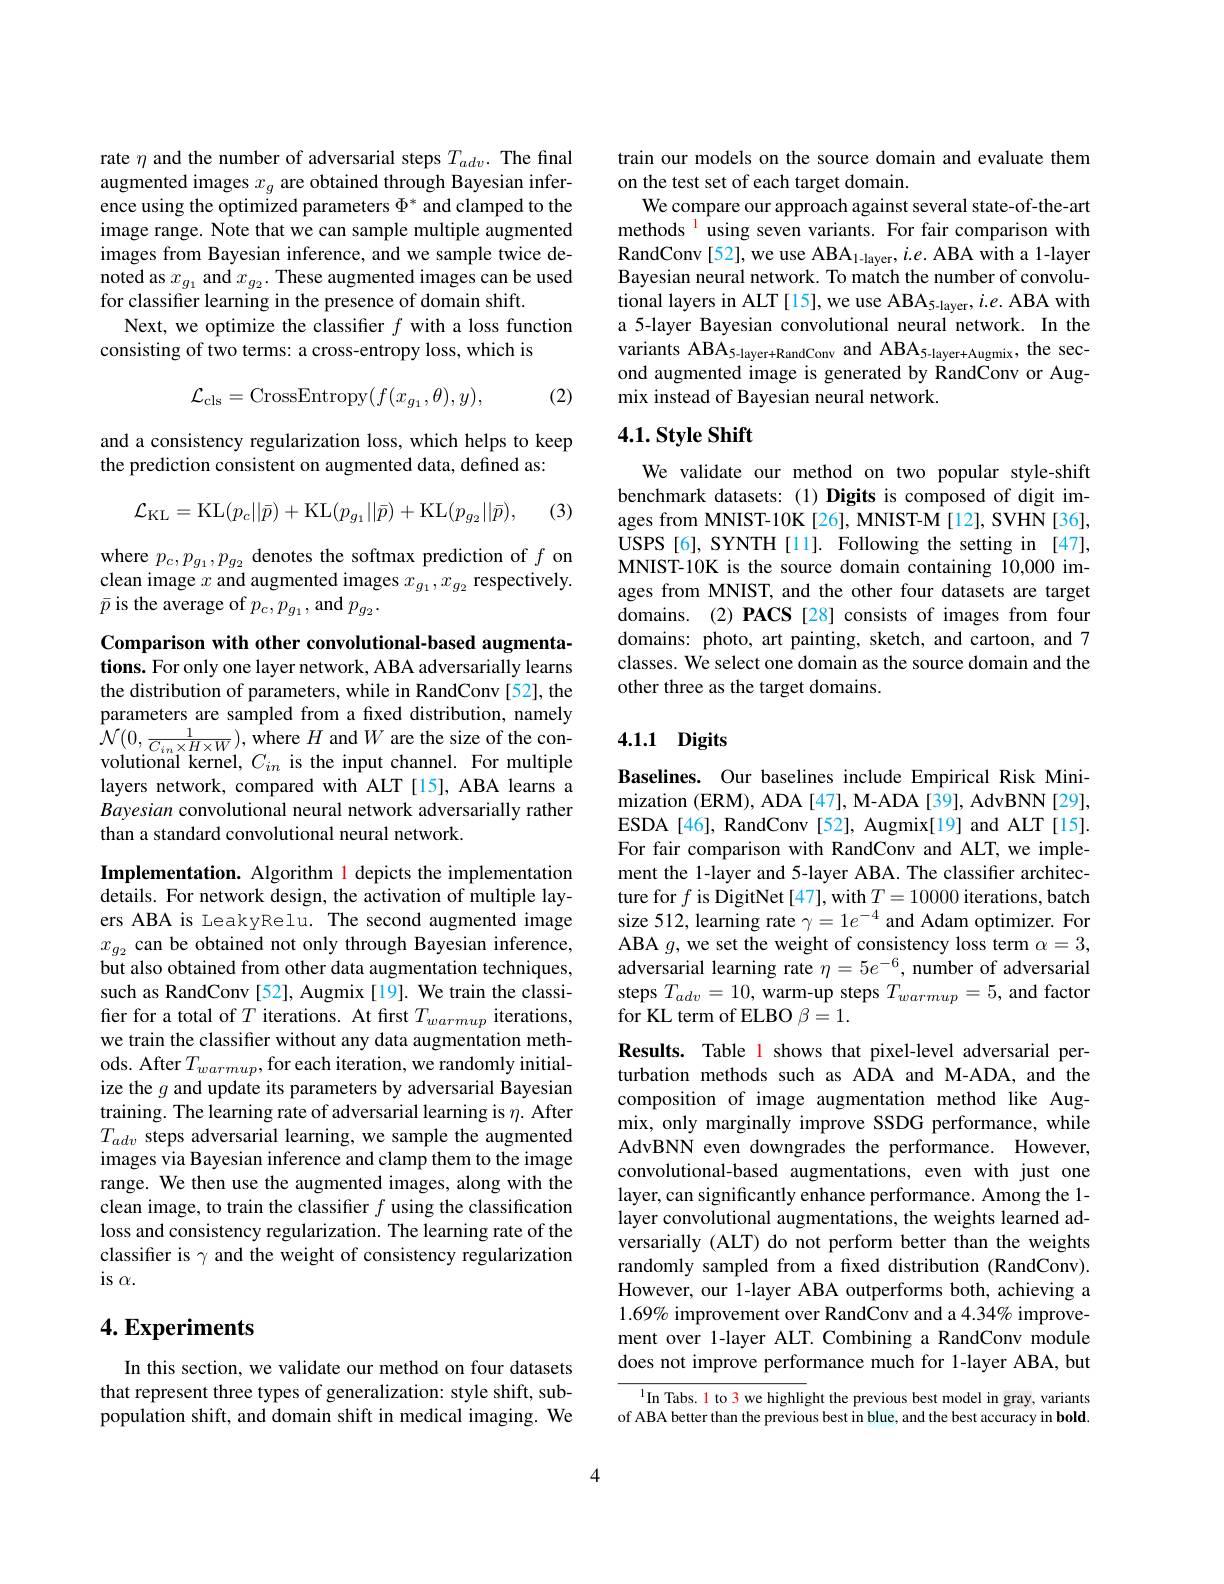
rate $\eta$ and the number of adversarial steps $T_{adv}.$ The final augmented images $x_g$ are obtained through Bayesian inference using the optimized parameters $\Phi^*$ and clamped to the image range. Note that we can sample multiple augmented images from Bayesian inference, and we sample twice denoted as $x_{g_1}$ and $x_{g_2}.$ These augmented images can be used for classifier learning in the presence of domain shift.
Next, we optimize the classifier $f$ with a loss function
consisting of two terms: a cross-entropy loss, which is

(2)
$$\mathcal{L}_{\mathrm{cls}}=\mathrm{CrossEntropy}(f(x_{g_{1}},\theta),y),$$
and a consistency regularization loss, which helps to keep
the prediction consistent on augmented data, defined as:
$$\mathcal{L}_{\mathrm{KL}}=\mathrm{KL}(p_{c}||\bar{p})+\mathrm{KL}(p_{g_{1}}||\bar{p})+\mathrm{KL}(p_{g_{2}}||\bar{p}),$$
(3)

where $p_c,p_{g_1},p_{g_2}$ denotes the softmax prediction of $f$ on clean image $x$ and augmented images $x_g_1,x_{g_2}$ respectively. $\bar{p}$ is the average of $p_c,p_{g_1}$, and $p_{g_2}.$

Comparison with other convolutional-based augmentations. For only one layer network, ABA adversarially learns the distribution of parameters, while in RandConv [52], the parameters are sampled from a fixed distribution, namely $\hat{\mathcal{N}}(0,\frac{1}{C_{in}\times H\times W})$, where $H$ and $W$ are the size of the con-$\hat{\mathcal{N}}(0,\frac{1}{C_{in}\times H\times W})$, where $H$ and $W$ are the size of the con-volutional kornal $G$ is tha innut obonnal Eor multinla volutional kernel, $C_{in}$ is the input channel. For multiple layers network, compared with ALT[15], ABA learns a Bayesian convolutional neural network adversarially rather than a standard convolutional neural network.

Implementation. Algorithm l depicts the implementation details. For network design, the activation of multiple layers ABA is LeakyRelu. The second augmented image $x_{g_2}$ can be obtained not only through Bayesian inference, but also obtained from other data augmentation techniques, such as RandConv [52], Augmix [19]. We train the classifer for a total of $T$ iterations. At first $T_{warmup}$ iterations, we train the classifier without any data augmentation methods. After $T_warmup$,for each iteration, we randomly initialize the $g$ and update its parameters by adversarial Bayesian training. The learning rate of adversarial learning is $\eta.$ After $T_{adv}$ steps adversarial learning, we sample the augmented images via Bayesian inference and clamp them to the image range. We then use the augmented images, along with the clean image, to train the classifier $f$ using the classification loss and consistency regularization. The learning rate of the classifer is $\gamma$ and the weight of consistency regularization $is$ $\alpha .$

## $4. \textbf{Experiments}$

In this section, we validate our method on four datasets that represent three types of generalization: style shift, subpopulation shift, and domain shift in medical imaging. We

train our models on the source domain and evaluate them
on the test set of each target domain.
We compare our approach against several state-of-the-art methods$^{1}$using seven variants. For fair comparison with RandConv [ 52] , we use AB$A_{1- layer}$, i. e. ABA with a 1- layer Bayesian neural network. To match the number of convolutional layers in ALT[15], we use ABA$_5-$layer$, i. e.$ ABA with a 5-layer Bayesian convolutional neural network. In the variants ABA$_5-$layer+ RandConv and ABA$_5-$layer+ Augmix, the sec- ond augmented image is generated by RandConv or Augmix instead of Bayesian neural network.

## $4. 1. \textbf{Style Shift}$

We validate our method on two popular style-shift benchmark datasets: (1) Digits is composed of digit images from MNIST-10K[26], MNIST-M[12], SVHN[36], USPS[6], SYNTH[11]. Following the setting in [47], MNIST-10K is the source domain containing 10,000 images from MNIST, and the other four datasets are target domains. (2) PACS [28] consists of images from four domains: photo, art painting, sketch, and cartoon, and 7 classes. We select one domain as the source domain and the other three as the target domains.

# 4.1.1 Digits

Baselines. Our baselines include Empirical Risk Minimization (ERM), ADA [47], M-ADA [39], AdvBNN [29], ESDA [46], RandConv [52], Augmix[19] and ALT[15]. For fair comparison with RandConv and ALT, we implement the 1-layer and 5-layer ABA. The classifier architecture for $f$ is DigitNet [47], with $T=10000$ iterations, batch size 512, learning rate $\gamma=1e^{-4}$ and Adam optimizer. For ABA $g$, we set the weight of consistency loss term $\alpha=3$, adversarial learning rate $\eta=5e^{-6}$, number of adversarial steps $T_{adv}=10$, warm-up steps $T_{warmup}=5$, and factor for KL term of ELBO $\beta=1.$

Results. Table l shows that pixel-level adversarial perturbation methods such as ADA and M-ADA, and the composition of image augmentation method like Augmix, only marginally improve SSDG performance, while AdvBNN even downgrades the performance. However, convolutional-based augmentations, even with just one layer, can significantly enhance performance. Among the 1- layer convolutional augmentations, the weights learned adversarially (ALT) do not perform better than the weights randomly sampled from a fixed distribution (RandConv). However, our 1-layer ABA outperforms both, achieving a $1.69\%$ improvement over RandConv and a 4.34% improvement over 1-layer ALT. Combining a RandConv module does not improve performance much for 1-layer ABA, but

$^{1}$In Tabs. 1 to 3 we highlight the previous best model in gray, variants of ABA better than the previous best in blue, and the best accuracy in bold.

4